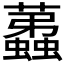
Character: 𧔏